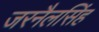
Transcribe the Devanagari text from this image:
जरनैलसिंह